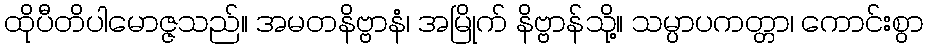
ထိုပီတိပါမောဇ္ဇသည်။ အမတနိဗ္ဗာနံ၊ အမြိုက် နိဗ္ဗာန်သို့။ သမ္ပာပကတ္တာ၊ ကောင်းစွာ